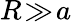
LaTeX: R\! \gg\! a